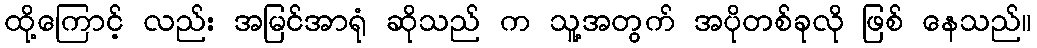
ထို့ကြောင့် လည်း အမြင်အာရုံ ဆိုသည် က သူ့အတွက် အပိုတစ်ခုလို ဖြစ် နေသည်။